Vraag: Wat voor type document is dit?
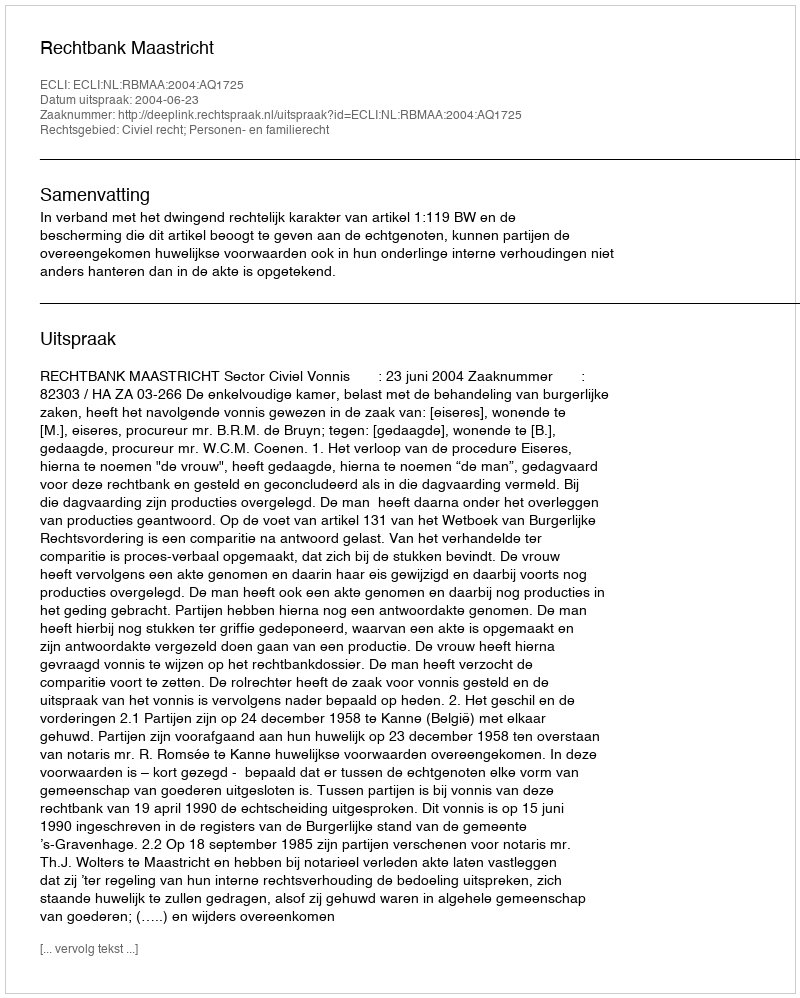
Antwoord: Uitspraak